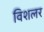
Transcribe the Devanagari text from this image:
विशलर